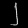
Digit: ၂